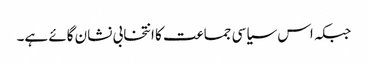
جبکہ اس سیاسی جماعت کا انتخابی نشان گائے ہے۔